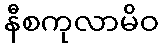
နီစကုလာမိဝ